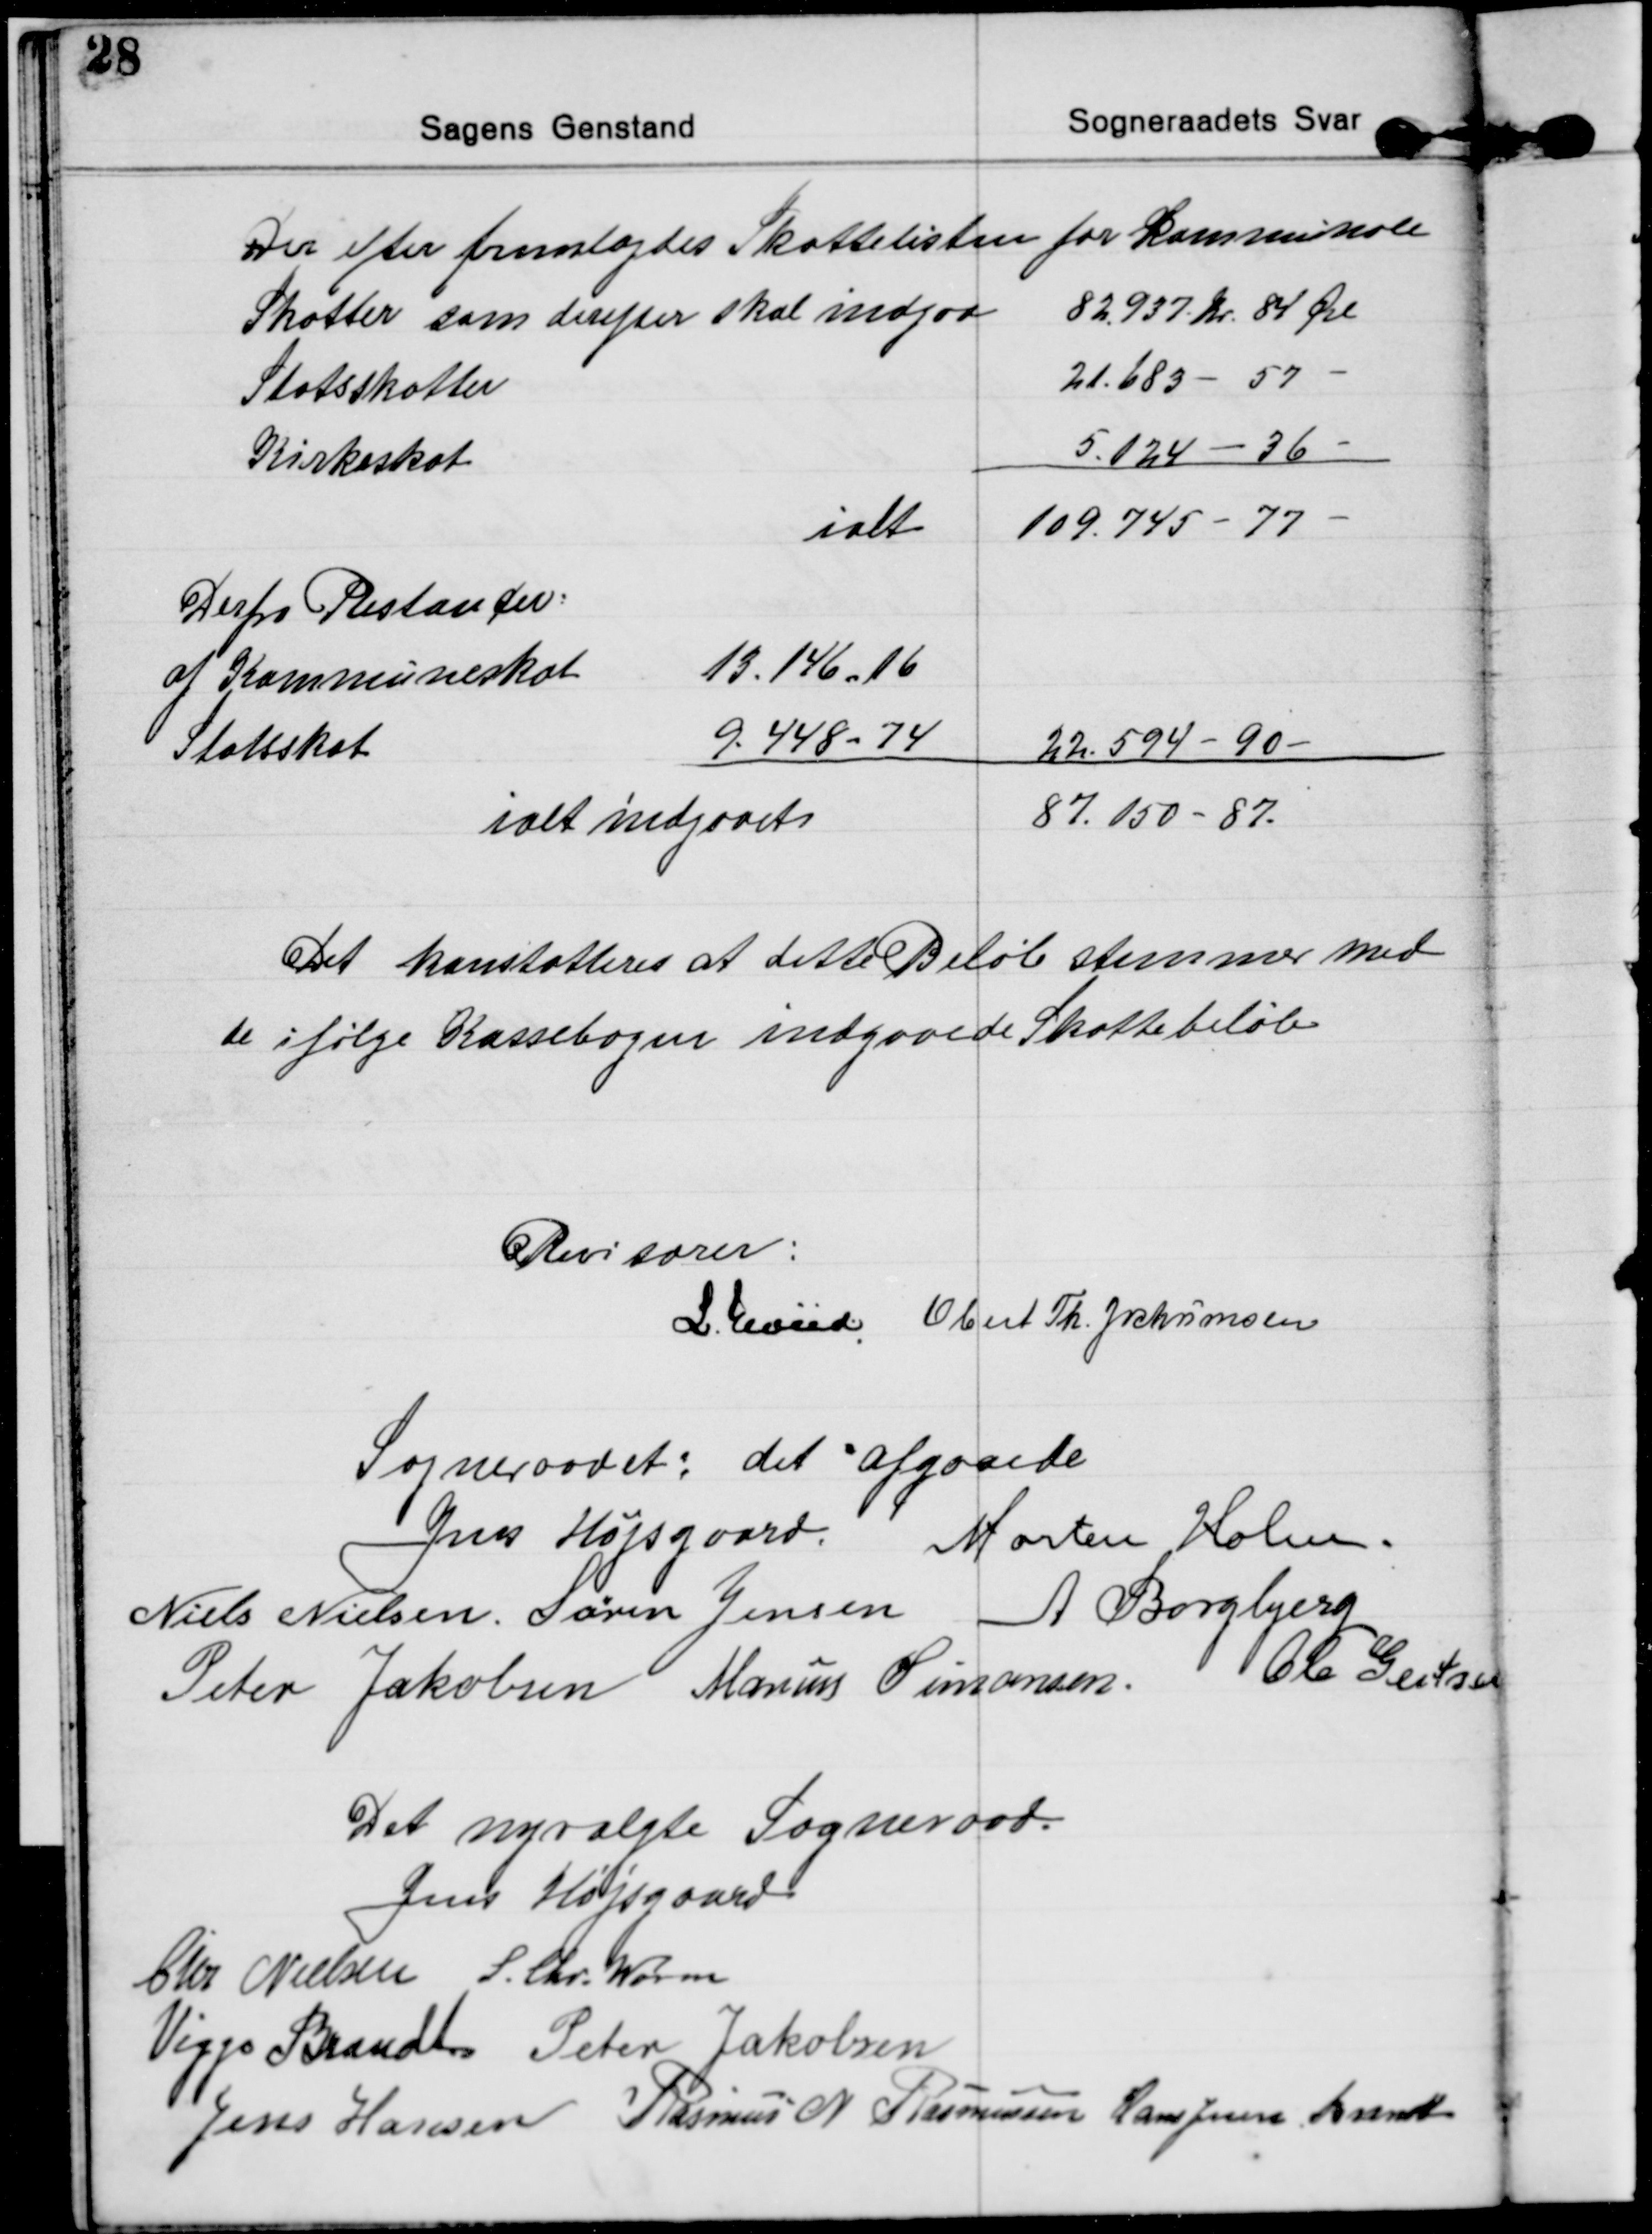
Transskription:
Der efter fremlagdes Skattelisten for kommunale
Skatter som derefter skal indgaa 
82.937 Kr. 84 Øre
Statsskatter 
21.683 - 57 
Kirkeskat
5.124 - 36 
ialt
109.745 - 77

Derfra Restancer:
af Kommuneskat 
13.146 - 16
Statsskat
9.448 - 74 
22.594 - 90 
ialt indgaaet
87.150 - 87

Det konstatteres at dette Beløb stemmer med
de ifølge Kassebogen indgaaede Skattebeløb

Revisorer:
L. Hviid Ebert Th. Jochumsen

Sogneraadet: det afgaaede
Jens Højsgaard. Morten Holm.
Niels Nielsen. Søren Jensen A Borgbjerg
Peter Jakobsen Marius Simonsen. Ole Gertsen

Det nyvalgte Sogneraad.
Jens Højsgaard
Chr Nielsen L. Chr. Worm
Viggo Brandt Peter Jakobsen
Jens Hansen Rasmus N. Rasmussen Hans Jessen Brandt